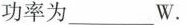
功率为___W。